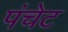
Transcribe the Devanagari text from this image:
पंचेट